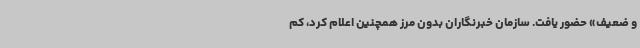
و ضعیف» حضور یافت. سازمان خبرنگاران بدون مرز همچنین اعلام کرد، کم